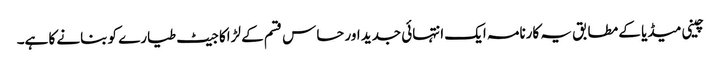
چینی میڈیا کے مطابق یہ کارنامہ ایک انتہائی جدید اور حساس قسم کے لڑاکا جیٹ طیارے کو بنانے کا ہے۔